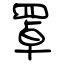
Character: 罩